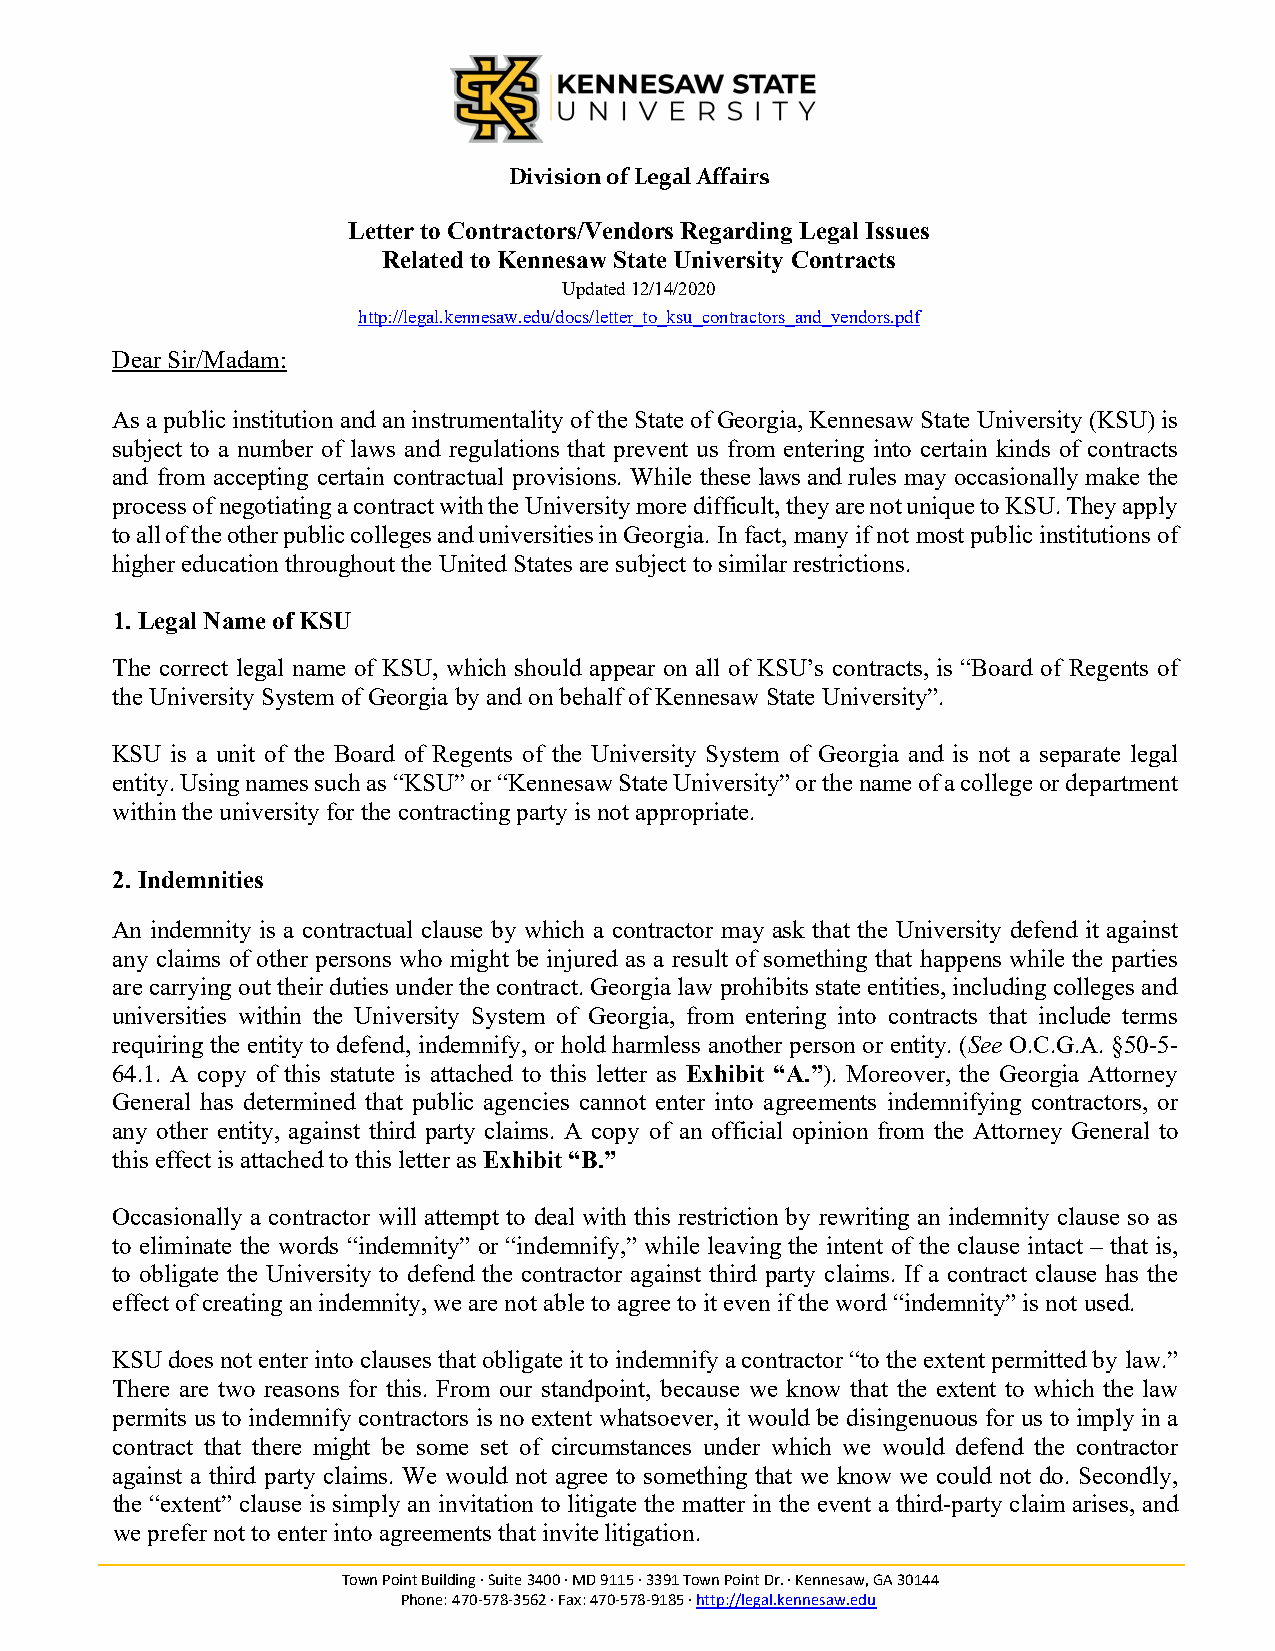
Division of Legal Affairs
 Letter to Contractors/Vendors Regarding Legal Issues
 Related to Kennesaw State University Contracts
 Updated 12/14/2020
 http://legal.kennesaw.edu/docs/letter_to_ksu_contractors_and_vendors.pdf
 Dear Sir/Madam:
 As a public institution and an instrumentality of the State of Georgia, Kennesaw State University (KSU) is
 subject to a number of laws and regulations that prevent us from entering into certain kinds of contracts
 and from accepting certain contractual provisions. While these laws and rules may occasionally make the
 process of negotiating a contract with the University more difficult, they are not unique to KSU. They apply
 to all of the other public colleges and universities in Georgia. In fact, many if not most public institutions of
 higher education throughout the United States are subject to similar restrictions.
 1. Legal Name of KSU
 The correct legal name of KSU, which should appear on all of KSU’s contracts, is “Board of Regents of
 the University System of Georgia by and on behalf of Kennesaw State University”.
 KSU is a unit of the Board of Regents of the University System of Georgia and is not a separate legal
 entity. Using names such as “KSU” or “Kennesaw State University” or the name of a college or department
 within the university for the contracting party is not appropriate.
 2. Indemnities
 An indemnity is a contractual clause by which a contractor may ask that the University defend it against
 any claims of other persons who might be injured as a result of something that happens while the parties
 are carrying out their duties under the contract. Georgia law prohibits state entities, including colleges and
 universities within the University System of Georgia, from entering into contracts that include terms
 requiring the entity to defend, indemnify, or hold harmless another person or entity. (See O.C.G.A. §50-5-
 64.1. A copy of this statute is attached to this letter as Exhibit “A.”). Moreover, the Georgia Attorney
 General has determined that public agencies cannot enter into agreements indemnifying contractors, or
 any other entity, against third party claims. A copy of an official opinion from the Attorney General to
 this effect is attached to this letter as Exhibit “B.”
 Occasionally a contractor will attempt to deal with this restriction by rewriting an indemnity clause so as
 to eliminate the words “indemnity” or “indemnify,” while leaving the intent of the clause intact – that is,
 to obligate the University to defend the contractor against third party claims. If a contract clause has the
 effect of creating an indemnity, we are not able to agree to it even if the word “indemnity” is not used.
 KSU does not enter into clauses that obligate it to indemnify a contractor “to the extent permitted by law.”
 There are two reasons for this. From our standpoint, because we know that the extent to which the law
 permits us to indemnify contractors is no extent whatsoever, it would be disingenuous for us to imply in a
 contract that there might be some set of circumstances under which we would defend the contractor
 against a third party claims. We would not agree to something that we know we could not do. Secondly,
 the “extent” clause is simply an invitation to litigate the matter in the event a third-party claim arises, and
 we prefer not to enter into agreements that invite litigation.
 Town Point Building ∙ Suite 3400 ∙ MD 9115 ∙ 3391 Town Point Dr. ∙ Kennesaw, GA 30144
 Phone: 470‐578‐3562 ∙ Fax: 470‐578‐9185 ∙ http://legal.kennesaw.edu